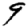
Digit: 9